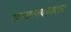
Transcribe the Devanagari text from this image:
साम्राज्यवादात